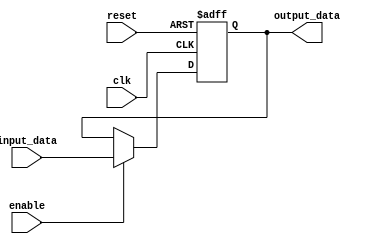
module cascade_bypass_register(
    input wire clk,               // Clock signal
    input wire reset,             // Reset signal
    input wire enable,            // Enable signal
    input wire [data_width-1:0] input_data,   // Input data
    output reg [data_width-1:0] output_data   // Output data
);

parameter data_width = 8;   // Width of the data bus

reg [data_width-1:0] register_data;

always @(posedge clk or posedge reset) begin
    if(reset) begin
        register_data <= 0;   // Reset the register data
    end else begin
        if(enable) begin
            register_data <= input_data;   // Store the input data in the register
        end
    end
end

assign output_data = register_data;

endmodule